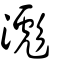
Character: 滮